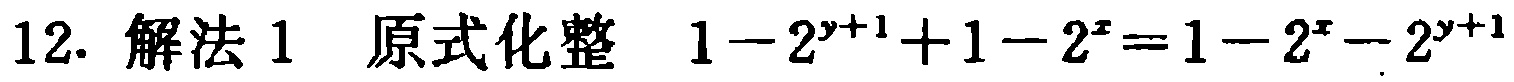
12. 解法1 原式化整 \(1 - 2^{y + 1}+1 - 2^{x}=1 - 2^{x}-2^{y + 1}\)